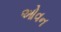
ઓવન